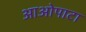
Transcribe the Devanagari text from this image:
आओपाटा